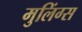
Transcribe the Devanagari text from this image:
मुलिंग्स